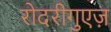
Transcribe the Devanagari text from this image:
रोदरीगुएज़